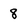
Character: 8